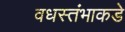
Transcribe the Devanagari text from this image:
वधस्तंभाकडे